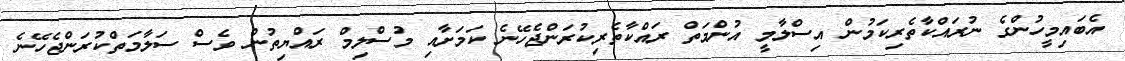
އެބައިމީހުންގެ ނުރައްކާތެރިކަމުން އިސްލާމީ އުންމަތް ރައްކާތެރިކުރަންޖެހޭނެ ކަމަށާއި މުސްލިމް ރައްޔިތުން ވެސް ސަލާމަތްކުރަންޖެހޭނެ